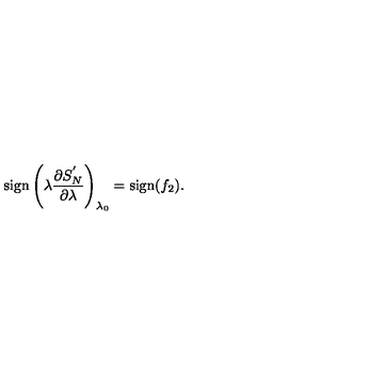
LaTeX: \mathrm { s i g n } \left( \lambda { \frac { \partial S _ { N } ^ { ' } } { \partial \lambda } } \right) _ { \lambda _ { 0 } } = \mathrm { s i g n } ( f _ { 2 } ) .